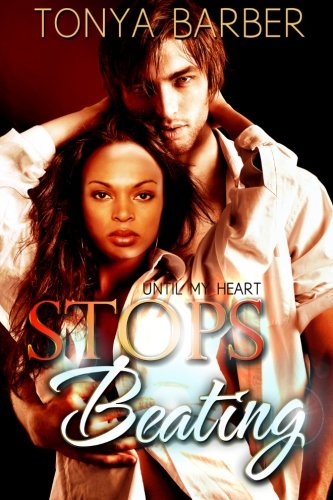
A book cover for Until My Heart Stops Beating; Tonya M Barber; Romance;